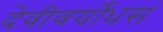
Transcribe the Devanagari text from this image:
देवीवर्योधसं